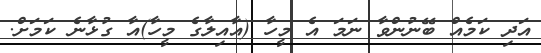
އަދި ކަމެއް ބޭނުންވާ ނަމަ އެ މީހާ (އާއިލާގެ މީހާ)އާ ގުޅާނެ ކަމަށް.